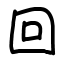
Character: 回